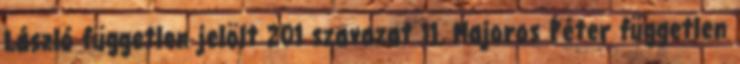
László független jelölt 201 szavazat 11. Majoros Péter független